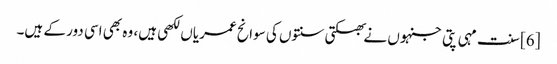
[6] سنت مہی پتی جنہوں نے بھکتی سنتوں کی سوانح عمریاں لکھی ہیں، وہ بھی اسی دور کے ہیں۔